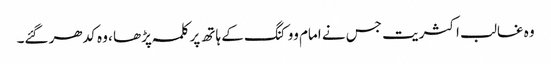
وہ غالب اکثریت جس نے امام ووکنگ کے ہاتھ پر کلمہ پڑھا ، وہ کدھر گئے۔